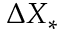
{ \mit \Delta } X _ { \ast }